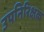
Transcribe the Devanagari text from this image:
उपनिरिक्षक